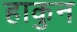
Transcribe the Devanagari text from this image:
हाकुन